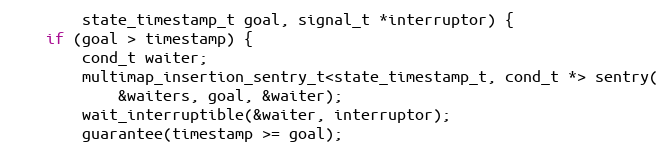
Language: C++
        state_timestamp_t goal, signal_t *interruptor) {
    if (goal > timestamp) {
        cond_t waiter;
        multimap_insertion_sentry_t<state_timestamp_t, cond_t *> sentry(
            &waiters, goal, &waiter);
        wait_interruptible(&waiter, interruptor);
        guarantee(timestamp >= goal);